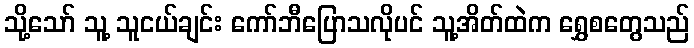
သို့သော် သူ့ သူငယ်ချင်း ကော်ဘီပြောသလိုပင် သူ့အိတ်ထဲက ရွှေစတွေသည်